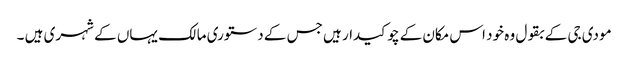
مودی جی کے بقول وہ خود اس مکان کے چوکیدار ہیں جس کے دستوری مالک یہاں کے شہری ہیں ۔